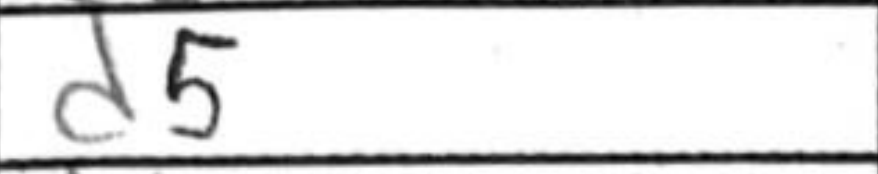
Transcription: d5